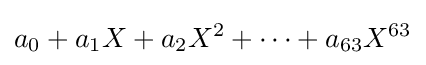
a_{0}+a_{1}X+a_{2}X^{2}+\cdots +a_{63}X^{63}